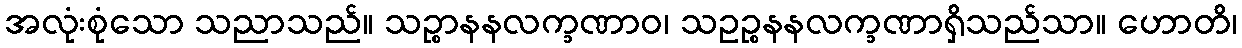
အလုံးစုံသော သညာသည်။ သဉ္စာနနလက္ခဏာဝ၊ သဥဉ္စနနလက္ခဏာရှိသည်သာ။ ဟောတိ၊